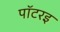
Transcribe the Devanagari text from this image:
पॉटरइ